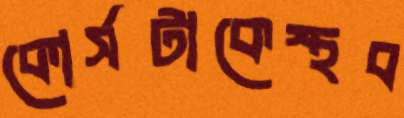
কোর্সটাকেস্থব